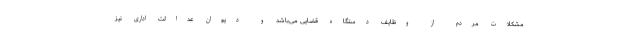
مشکلات مردم از وظایف دستگاه قضایی می‌باشد و دیوان عدالت اداری نیز